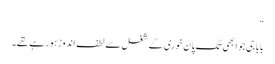
“
بابا جی جو ابھی تک پان خوری کے شغل سے لطف اندوز ہو رہے تھے۔